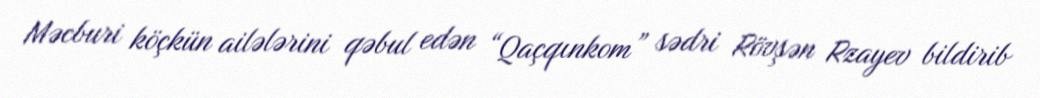
Məcburi köçkün ailələrini qəbul edən “Qaçqınkom” sədri Rövşən Rzayev bildirib